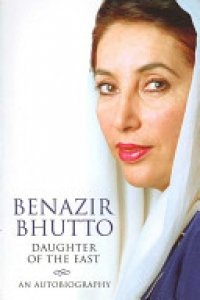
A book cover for Daughter of the East; Benazir Bhutto; History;